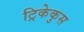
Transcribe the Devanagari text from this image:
ट्रिकेकुस